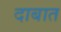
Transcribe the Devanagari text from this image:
दाबात